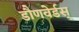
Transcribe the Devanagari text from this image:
डौणवेर्डस्